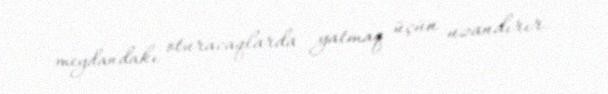
meydandakı oturacaqlarda yatmaq üçün uzandırır.